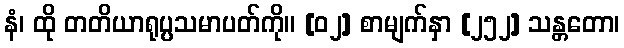
နံ၊ ထို တတိယာရုပ္ပသမာပတ်ကို။ [၀၂] စာမျက်နှာ [၂၅၂] သန္တတော၊